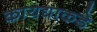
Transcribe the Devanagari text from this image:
कायद्याकडे